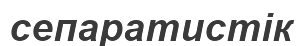
сепаратистік